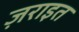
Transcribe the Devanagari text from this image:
ज़राइत